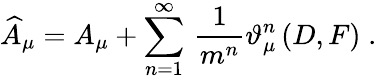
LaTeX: \widehat{A}_{\mu}=A_{\mu}+\sum_{n=1}^{\infty}\, \frac 1{m^{n}}\vartheta_{\mu}^{n}\left(D,F\right)\; .